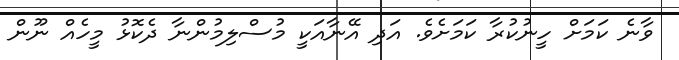
ވާނެ ކަމަށް ހީނުކުރާ ކަމަށެވެ. އަދި އޭނާއަކީ މުސްލިމުންނާ ދެކޮޅު މީހެއް ނޫން